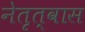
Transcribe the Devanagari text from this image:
नेतृत्वास